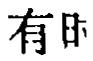
有 时